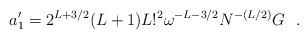
LaTeX: \begin{align*}a'_1= 2^{L +3/2}(L+1)L!^2 \omega^{-L-3/2} N^{-(L/2)} G ~~.\end{align*}